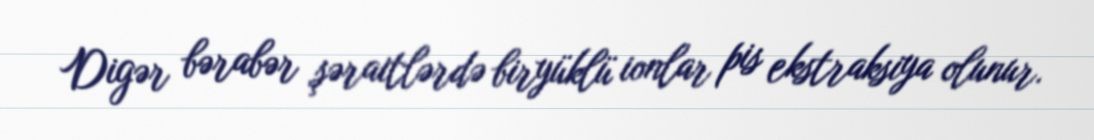
Digər bərabər şəraitlərdə biryüklü ionlar pis ekstraksiya olunur.